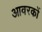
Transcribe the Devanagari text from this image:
आवरकों